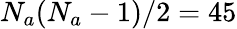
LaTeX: N_{a}(N_{a}-1)/2=45